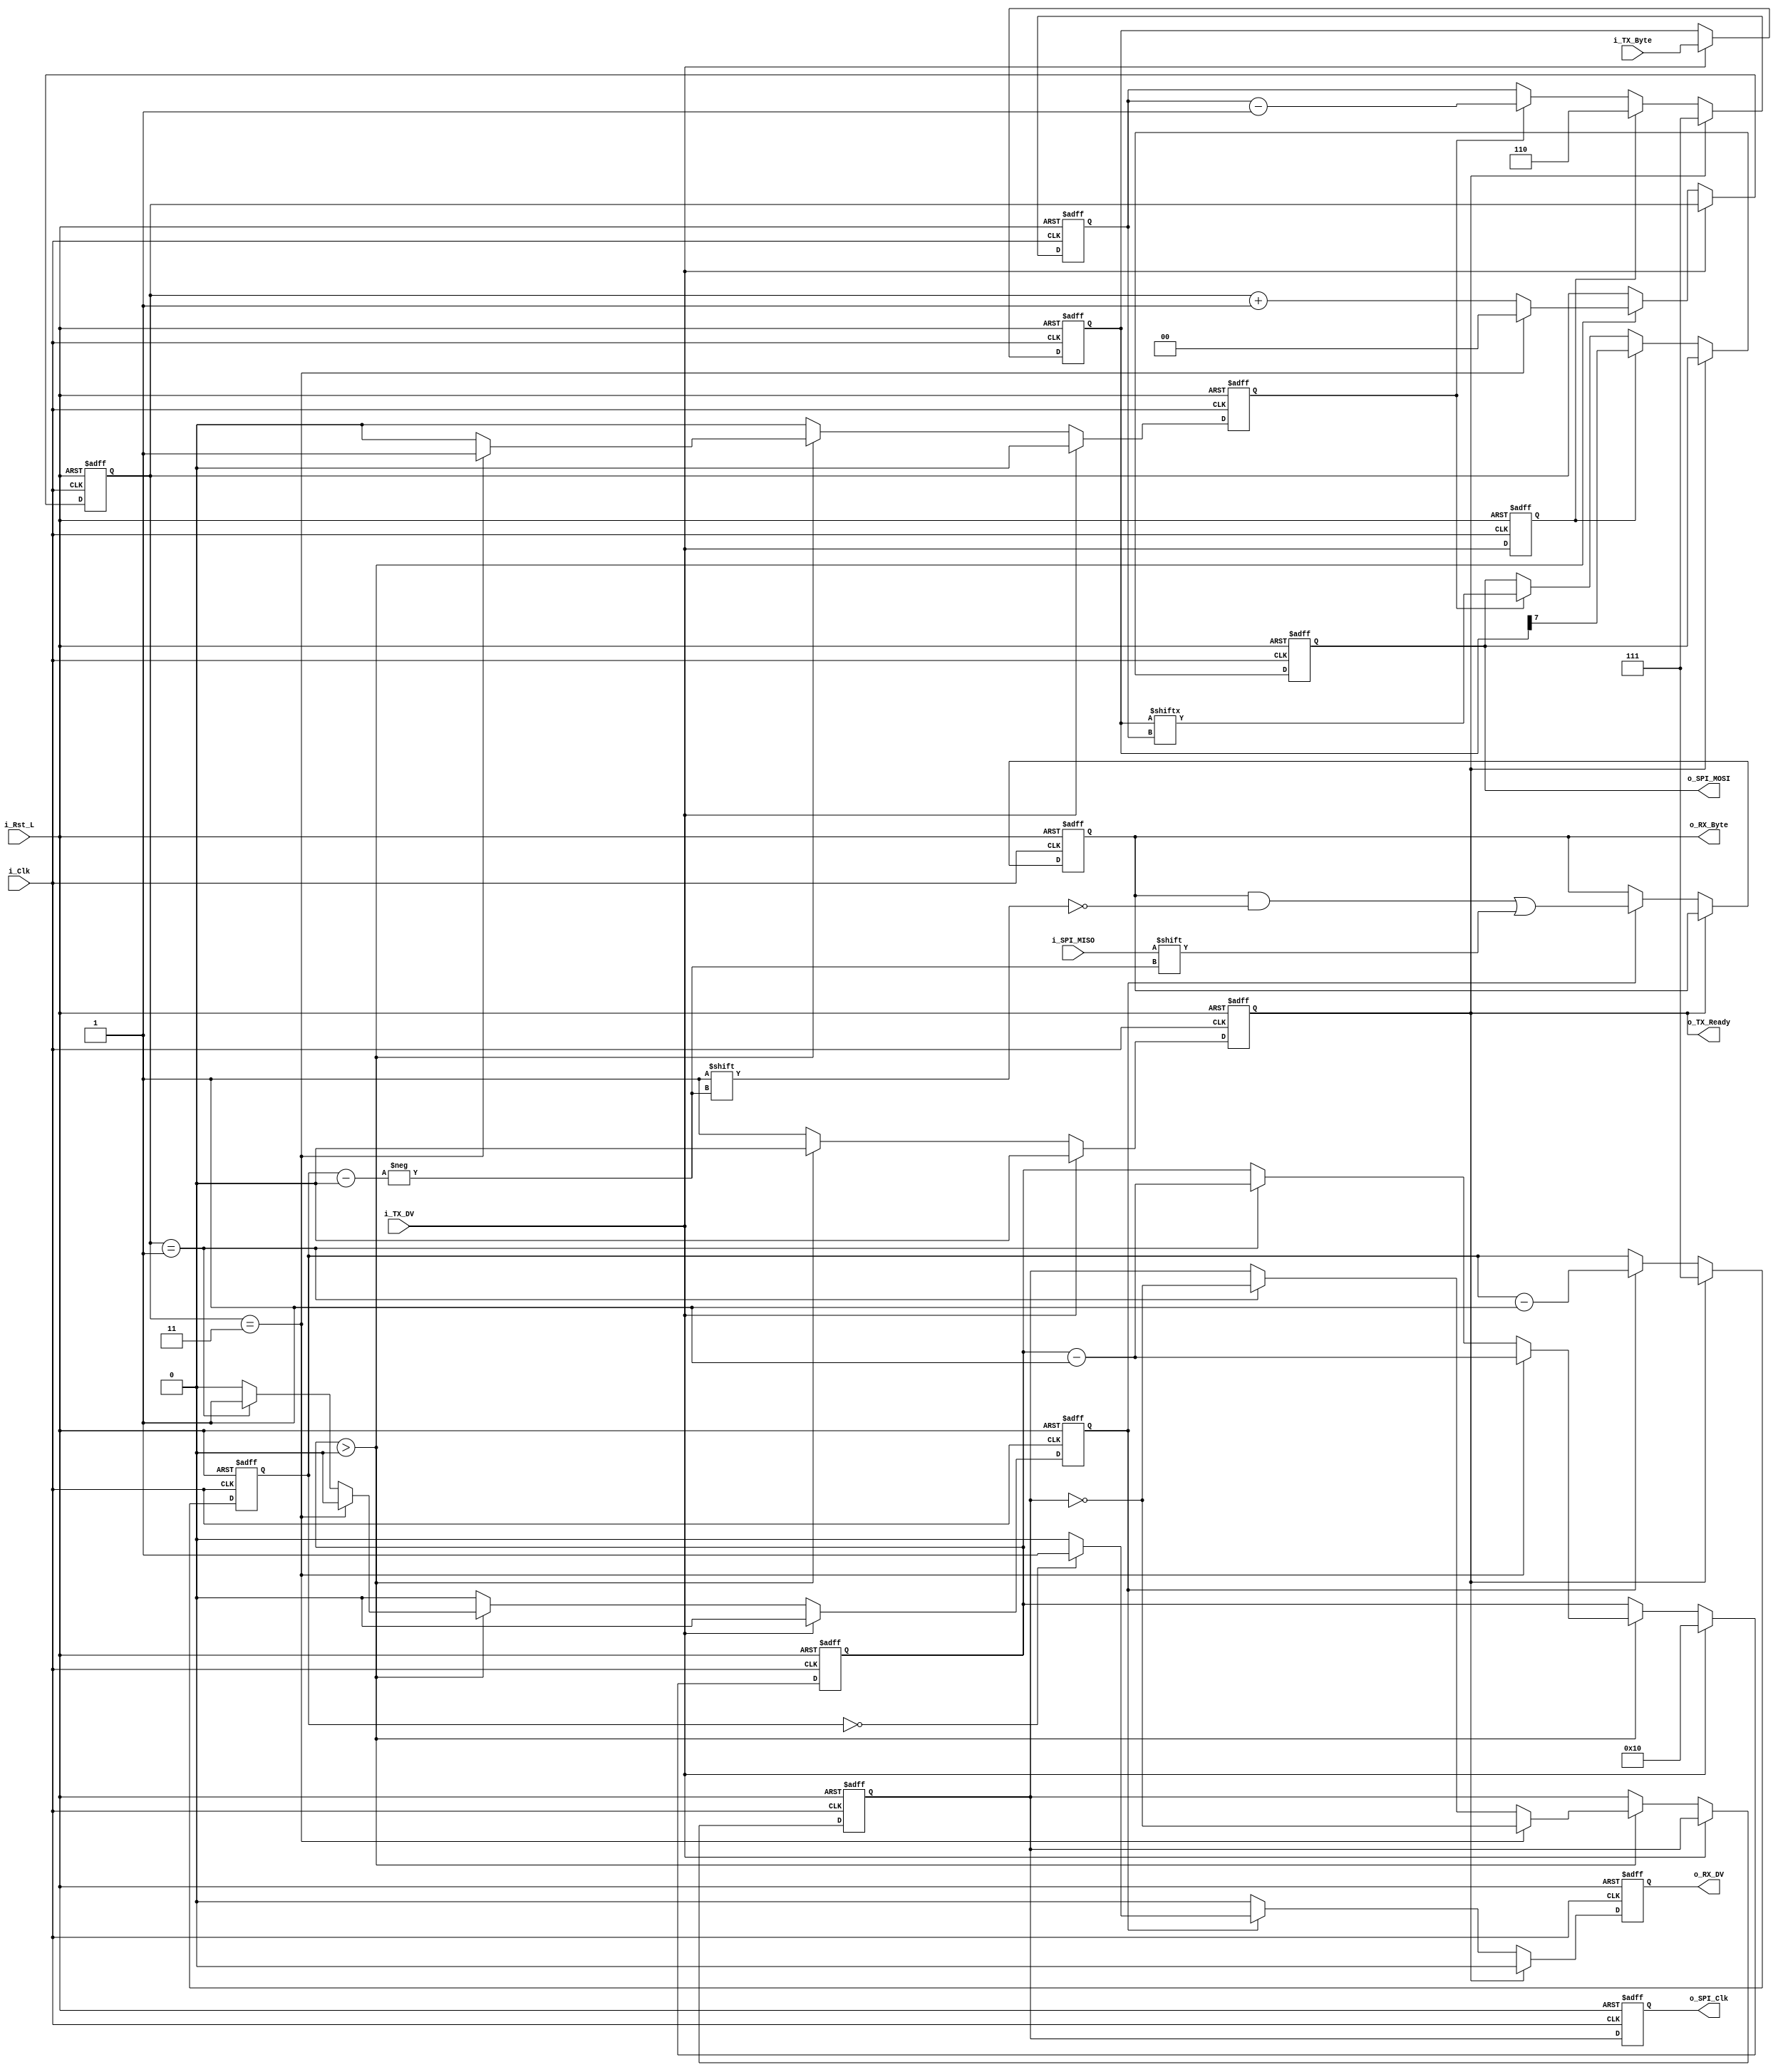
`timescale 1ns / 1ps
//////////////////////////////////////////////////////////////////////////////////
// Company: 
// Engineer: 
// 
// Design Name: 
// Module Name: AD9467_SPI
// Project Name: 
// Target Devices: 
// Tool Versions: 
// Description: 
// 
// Dependencies: 
// 
// Revision:
// Revision 0.01 - File Created
// Additional Comments:
// 
//////////////////////////////////////////////////////////////////////////////////


module SPI_Master
  #(parameter SPI_MODE = 0,
    parameter CLKS_PER_HALF_BIT = 2)
  (
   // Control/Data Signals,
   input        i_Rst_L,     // FPGA Reset
   input        i_Clk,       // FPGA Clock
   
   // TX (MOSI) Signals
   input [7:0]  i_TX_Byte,        // Byte to transmit on MOSI
   input        i_TX_DV,          // Data Valid Pulse with i_TX_Byte
   output reg   o_TX_Ready,       // Transmit Ready for next byte
   
   // RX (MISO) Signals
   output reg       o_RX_DV,     // Data Valid pulse (1 clock cycle)
   output reg [7:0] o_RX_Byte,   // Byte received on MISO

   // SPI Interface
   output reg o_SPI_Clk,
   input      i_SPI_MISO,
   output reg o_SPI_MOSI
   );

  // SPI Interface (All Runs at SPI Clock Domain)
  wire w_CPOL;     // Clock polarity
  wire w_CPHA;     // Clock phase

  reg [$clog2(CLKS_PER_HALF_BIT*2)-1:0] r_SPI_Clk_Count;
  reg r_SPI_Clk;
  reg [4:0] r_SPI_Clk_Edges;
  reg r_Leading_Edge;
  reg r_Trailing_Edge;
  reg       r_TX_DV;
  reg [7:0] r_TX_Byte;

  reg [2:0] r_RX_Bit_Count;
  reg [2:0] r_TX_Bit_Count;

  // CPOL: Clock Polarity
  // CPOL=0 means clock idles at 0, leading edge is rising edge.
  // CPOL=1 means clock idles at 1, leading edge is falling edge.
  assign w_CPOL  = (SPI_MODE == 2) | (SPI_MODE == 3);

  // CPHA: Clock Phase
  // CPHA=0 means the "out" side changes the data on trailing edge of clock
  //              the "in" side captures data on leading edge of clock
  // CPHA=1 means the "out" side changes the data on leading edge of clock
  //              the "in" side captures data on the trailing edge of clock
  assign w_CPHA  = (SPI_MODE == 1) | (SPI_MODE == 3);



  // Purpose: Generate SPI Clock correct number of times when DV pulse comes
  always @(posedge i_Clk or negedge i_Rst_L)
  begin
    if (~i_Rst_L)
    begin
      o_TX_Ready      <= 1'b0;
      r_SPI_Clk_Edges <= 0;
      r_Leading_Edge  <= 1'b0;
      r_Trailing_Edge <= 1'b0;
      r_SPI_Clk       <= w_CPOL; // assign default state to idle state
      r_SPI_Clk_Count <= 0;
    end
    else
    begin

      // Default assignments
      r_Leading_Edge  <= 1'b0;
      r_Trailing_Edge <= 1'b0;
      
      if (i_TX_DV)
      begin
        o_TX_Ready      <= 1'b0;
        r_SPI_Clk_Edges <= 16;  // Total # edges in one byte ALWAYS 16
      end
      else if (r_SPI_Clk_Edges > 0)
      begin
        o_TX_Ready <= 1'b0;
        
        if (r_SPI_Clk_Count == CLKS_PER_HALF_BIT*2-1)
        begin
          r_SPI_Clk_Edges <= r_SPI_Clk_Edges - 1;
          r_Trailing_Edge <= 1'b1;
          r_SPI_Clk_Count <= 0;
          r_SPI_Clk       <= ~r_SPI_Clk;
        end
        else if (r_SPI_Clk_Count == CLKS_PER_HALF_BIT-1)
        begin
          r_SPI_Clk_Edges <= r_SPI_Clk_Edges - 1;
          r_Leading_Edge  <= 1'b1;
          r_SPI_Clk_Count <= r_SPI_Clk_Count + 1;
          r_SPI_Clk       <= ~r_SPI_Clk;
        end
        else
        begin
          r_SPI_Clk_Count <= r_SPI_Clk_Count + 1;
        end
      end  
      else
      begin
        o_TX_Ready <= 1'b1;
      end
      
      
    end // else: !if(~i_Rst_L)
  end // always @ (posedge i_Clk or negedge i_Rst_L)


  // Purpose: Register i_TX_Byte when Data Valid is pulsed.
  // Keeps local storage of byte in case higher level module changes the data
  always @(posedge i_Clk or negedge i_Rst_L)
  begin
    if (~i_Rst_L)
    begin
      r_TX_Byte <= 8'h00;
      r_TX_DV   <= 1'b0;
    end
    else
      begin
        r_TX_DV <= i_TX_DV; // 1 clock cycle delay
        if (i_TX_DV)
        begin
          r_TX_Byte <= i_TX_Byte;
        end
      end // else: !if(~i_Rst_L)
  end // always @ (posedge i_Clk or negedge i_Rst_L)


  // Purpose: Generate MOSI data
  // Works with both CPHA=0 and CPHA=1
  always @(posedge i_Clk or negedge i_Rst_L)
  begin
    if (~i_Rst_L)
    begin
      o_SPI_MOSI     <= 1'b0;
      r_TX_Bit_Count <= 3'b111; // send MSb first
    end
    else
    begin
      // If ready is high, reset bit counts to default
      if (o_TX_Ready)
      begin
        r_TX_Bit_Count <= 3'b111;
      end
      // Catch the case where we start transaction and CPHA = 0
      else if (r_TX_DV & ~w_CPHA)
      begin
        o_SPI_MOSI     <= r_TX_Byte[3'b111];
        r_TX_Bit_Count <= 3'b110;
      end
      else if ((r_Leading_Edge & w_CPHA) | (r_Trailing_Edge & ~w_CPHA))
      begin
        r_TX_Bit_Count <= r_TX_Bit_Count - 1;
        o_SPI_MOSI     <= r_TX_Byte[r_TX_Bit_Count];
      end
    end
  end


  // Purpose: Read in MISO data.
  always @(posedge i_Clk or negedge i_Rst_L)
  begin
    if (~i_Rst_L)
    begin
      o_RX_Byte      <= 8'h00;
      o_RX_DV        <= 1'b0;
      r_RX_Bit_Count <= 3'b111;
    end
    else
    begin

      // Default Assignments
      o_RX_DV   <= 1'b0;

      if (o_TX_Ready) // Check if ready is high, if so reset bit count to default
      begin
        r_RX_Bit_Count <= 3'b111;
      end
      else if ((r_Leading_Edge & ~w_CPHA) | (r_Trailing_Edge & w_CPHA))
      begin
        o_RX_Byte[r_RX_Bit_Count] <= i_SPI_MISO;  // Sample data
        r_RX_Bit_Count            <= r_RX_Bit_Count - 1;
        if (r_RX_Bit_Count == 3'b000)
        begin
          o_RX_DV   <= 1'b1;   // Byte done, pulse Data Valid
        end
      end
    end
  end
  
  
  // Purpose: Add clock delay to signals for alignment.
  always @(posedge i_Clk or negedge i_Rst_L)
  begin
    if (~i_Rst_L)
    begin
      o_SPI_Clk  <= w_CPOL;
    end
    else
      begin
        o_SPI_Clk <= r_SPI_Clk;
      end // else: !if(~i_Rst_L)
  end // always @ (posedge i_Clk or negedge i_Rst_L)
  

endmodule // SPI_Master